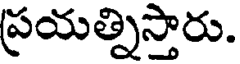
ప్రయత్నిస్తారు.